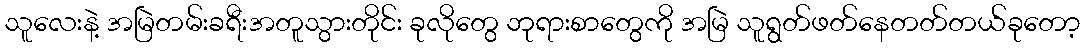
သူလေးနဲ့ အမြဲတမ်းခရီးအတူသွားတိုင်း ခုလိုတွေ ဘုရားစာတွေကို အမြဲ သူရွတ်ဖတ်နေတတ်တယ်ခုတော့